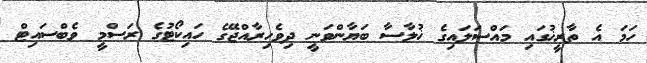
ހަމަ އެ ތާރީޚުގައި މައްސަލައިގެ ޚުލާސާ ބަޔާންވަނީ ދިވެހިރާއްޖޭގެ ހައިކޯޓުގެ ރަސްމީ ވެބްސައިޓް